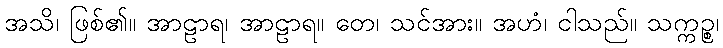
အသိ၊ ဖြစ်၏။ အာဠာရ၊ အာဠာရ။ တေ၊ သင်အား။ အဟံ၊ ငါသည်။ သက္ကဉ္စ၊